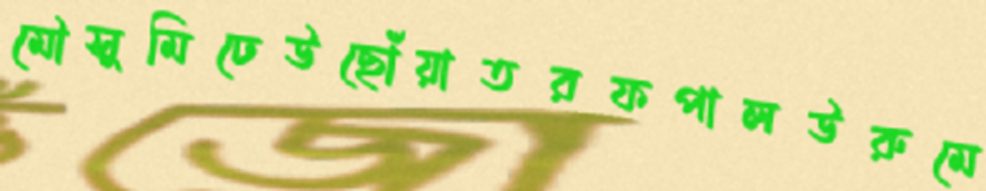
মৌসুমিঢেউছোঁয়াতরফপালউরুমে